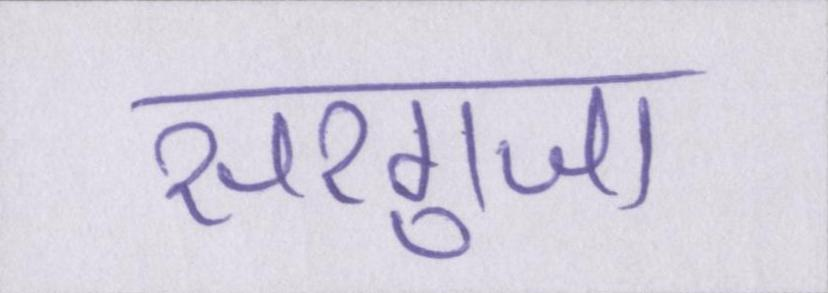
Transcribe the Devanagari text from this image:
सरगुजा